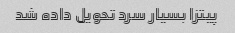
پیتزا بسیار سرد تحویل داده شد